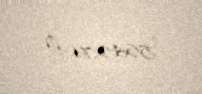
5646,71 ₼